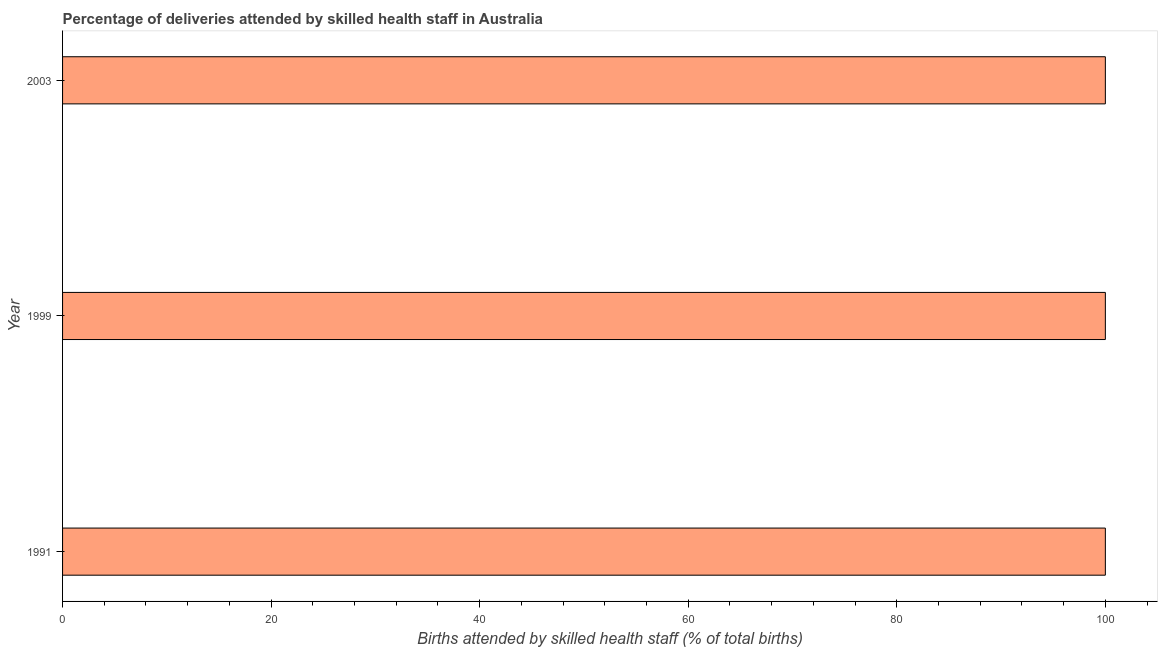
| Year | Births attended by skilled health staff |
 | --- | --- |
 | 1991 | 100 |
 | 1999 | 100 |
 | 2003 | 100 |